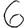
Digit: 6